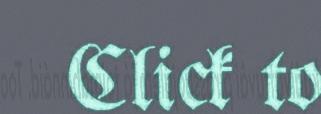
Click to